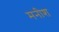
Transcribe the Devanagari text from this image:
मनीश